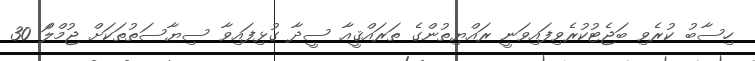
ހިސާބު ކުރެވި ބަޖެޓުކުރެވިފައިވަނީ ރައްޔިތުންގެ ތަރައްޤީއާ ސީދާ ގުޅިފައިވާ ސިޔާސަތުތަކަށް ޖުމްލަް 30